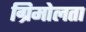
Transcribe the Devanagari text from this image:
ग्रिमोलता